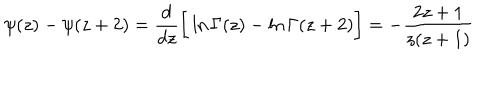
LaTeX: \psi ( z ) - \psi ( z + 2 ) = \frac { d } { d z } \bigg [ \ln \Gamma ( z ) - \ln \Gamma ( z + 2 ) \bigg ] = - \frac { 2 z + 1 } { z ( z + 1 ) }